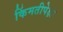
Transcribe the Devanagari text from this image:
किंमतीपेक्षा